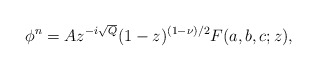
\begin{align*}\phi^n = A z^{-i \sqrt{Q}} (1-z)^{(1-\nu)/2} F(a,b,c;z),\end{align*}